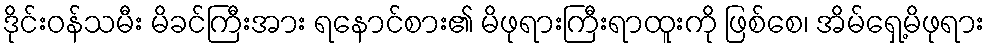
ဒိုင်းဝန်သမီး မိခင်ကြီးအား ရနောင်စား၏ မိဖုရားကြီးရာထူးကို ဖြစ်စေ၊ အိမ်ရှေ့မိဖုရား